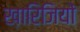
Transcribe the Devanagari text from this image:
ख़ारिजियों